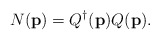
\begin{align*}N( {\bf p}) = Q^\dagger({\bf p}) Q({\bf p}).\end{align*}